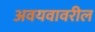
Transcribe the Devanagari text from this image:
अवयवावरील